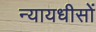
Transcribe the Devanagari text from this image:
न्यायधीसों